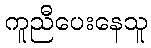
ကူညီပေးနေသူ